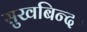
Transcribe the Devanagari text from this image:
सुखबिन्दर